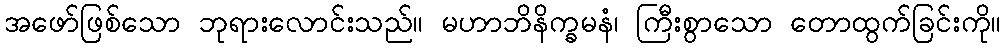
အဖော်ဖြစ်သော ဘုရားလောင်းသည်။ မဟာဘိနိက္ခမနံ၊ ကြီးစွာသော တောထွက်ခြင်းကို။